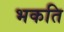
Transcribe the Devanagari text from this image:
भकति